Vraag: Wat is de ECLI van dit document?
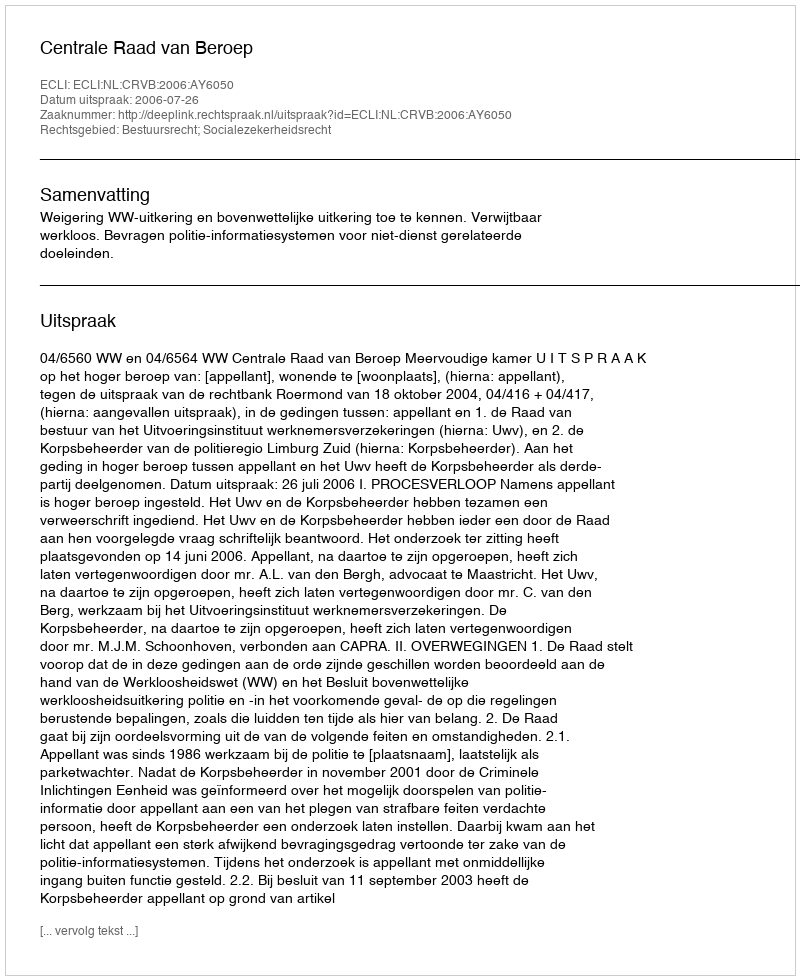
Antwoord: ECLI:NL:CRVB:2006:AY6050